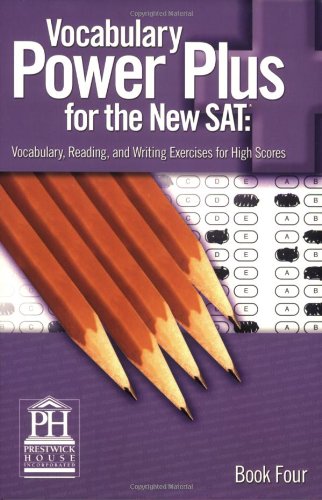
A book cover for Vocabulary Power Plus for the SAT, Book 4; Daniel A. Reed; Teen & Young Adult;